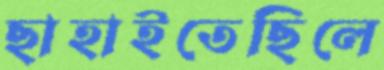
ছাহাইতেছিলে